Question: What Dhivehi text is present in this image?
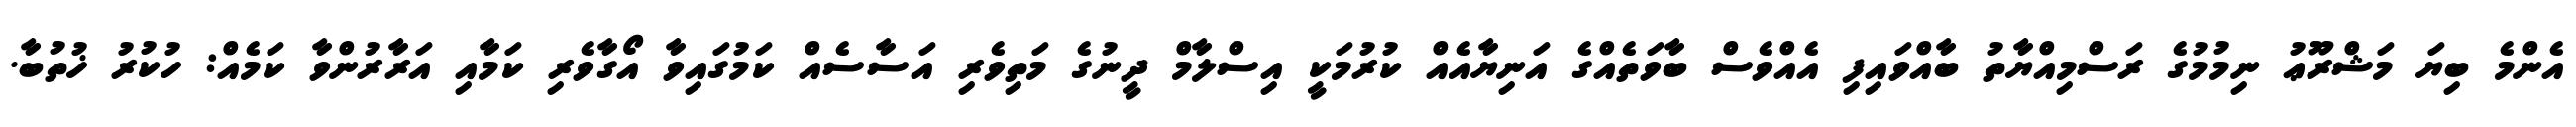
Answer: އެންމެ ބިޔަ މަޝްރޫޢު ނިމުމުގެ ރަސްމިއްޔާތު ބާއްވައިފި އެއްވެސް ބާވަތެއްގެ އަނިޔާއެއް ކުރުމަކީ އިސްލާމް ދީނުގެ މަތިވެރި އަސާސެއް ކަމުގައިވާ އޯގާވެރި ކަމާއި އަރާރުންވާ ކަމެއް: ހުކުރު ޚުތުބާ.